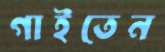
গাইতেন